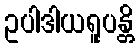
ဥပါဒါယရူပန္တိ